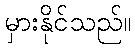
မှားနိုင်သည်။